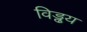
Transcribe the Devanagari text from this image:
विड्ढय